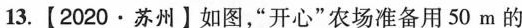
13.【2020·苏州】如图，”开心”农场准备用50m的